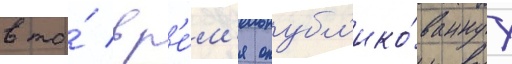
в то́ вр'е́м'я опубл'ико́ваннуу